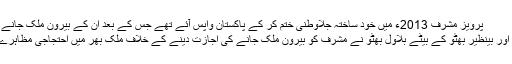
پرویز مشرف 2013ء میں خود ساختہ جلاوطنی ختم کر کے پاکستان واپس آئے تھے جس کے بعد ان کے بیرون ملک جانے پر پابندی عائد کر دی گئی تھی
پاکستان پیپلز پارٹی کے سربراہ اور بینظیر بھٹو کے بیٹے بلاول بھٹو نے مشرف کو بیرون ملک جانے کی اجازت دینے کے خلاف ملک بھر میں احتجاجی مظاہرے شروع کرنے کا عندیہ دیا ہے۔